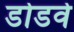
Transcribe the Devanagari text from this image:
डोडवे